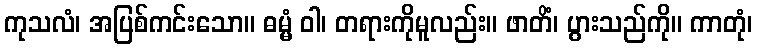
ကုသလံ၊ အပြစ်ကင်းသော။ ဓမ္မံ ဝါ၊ တရားကိုမူလည်း။ ဖာတိံ၊ ပွားသည်ကို။ ကာတုံ၊